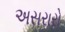
અસરારો